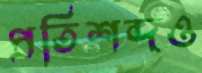
প্রতিশব্দও